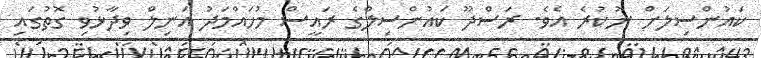
ކައުންސިލަށް ނުކުރެ އެވެ. ރަސްދޫ ކައުންސިލްގެ ރައީސް މުހައްމަދު އަނިލް ވިދާޅުވި ގޮތުގައި